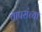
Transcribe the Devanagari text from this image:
वापरांच्या